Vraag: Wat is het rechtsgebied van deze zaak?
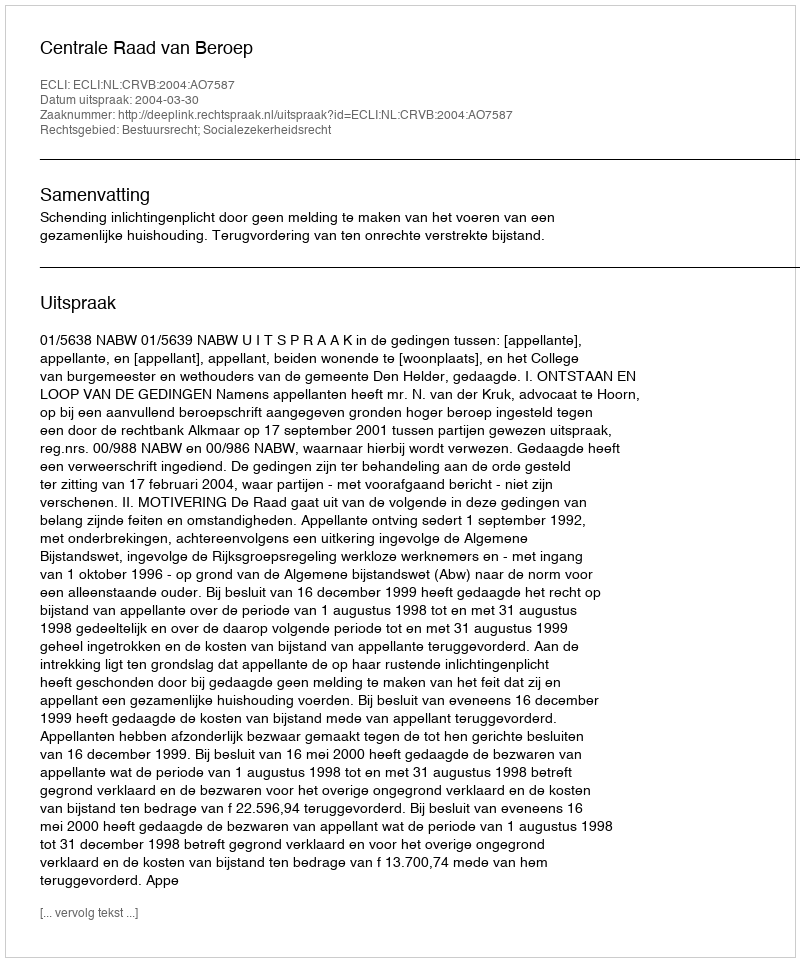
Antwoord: Bestuursrecht; Socialezekerheidsrecht